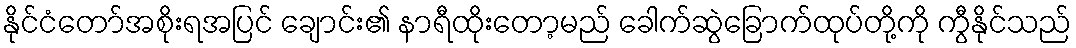
နိုင်ငံတော်အစိုးရအပြင် ချောင်း၏ နာရီထိုးတော့မည် ခေါက်ဆွဲခြောက်ထုပ်တို့ကို ကွီနိုင်သည်